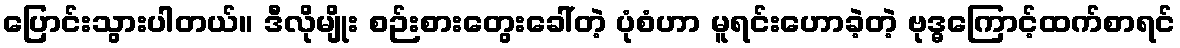
ပြောင်းသွားပါတယ်။ ဒီလိုမျိုး စဉ်းစားတွေးခေါ်တဲ့ ပုံစံဟာ မူရင်းဟောခဲ့တဲ့ ဗုဒ္ဓကြောင့်ထက်စာရင်